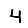
Digit: 4